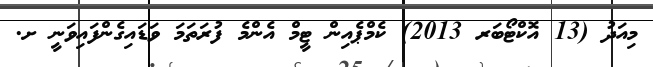
މިއަދު (13 އޮކްޓޯބަރ 2013) ކެމްޕެއިން ޓީމް އެންމެ ފުރަތަމަ ވަޑައިގެންފައިވަނީ ށ.